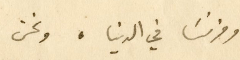
وفرنسَا في الدنيا، ونحن